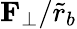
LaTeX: \mathbf{F}_{\perp}/\tilde{r}_{b}